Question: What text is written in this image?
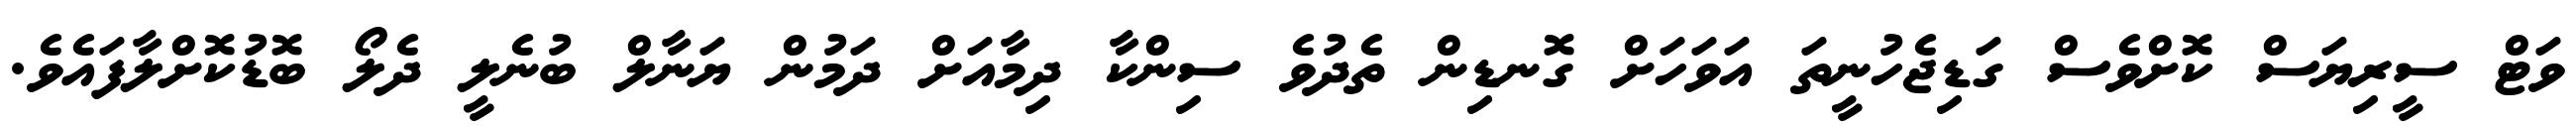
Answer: ވަޓް ސީރިޔަސް ކޮށްވެސް ގަޑިޖެހުނީތަ އަވަހަށް ގޮނޑިން ތެދުވެ ސިންކާ ދިމާއަށް ދަމުން ޔަނާލް ބުނެލީ ދެލޯ ބޮޑުކޮށްލާފައެވެ.